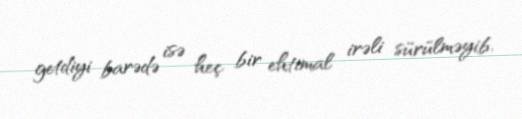
getdiyi barədə isə heç bir ehtimal irəli sürülməyib.